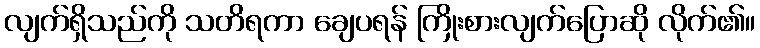
လျက်ရှိသည်ကို သတိရကာ ချေပရန် ကြိုးစားလျက်ပြောဆို လိုက်၏။